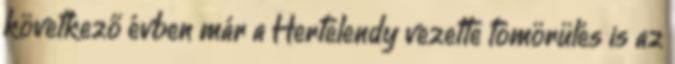
következő évben már a Hertelendy vezette tömörülés is az